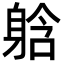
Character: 𮜹